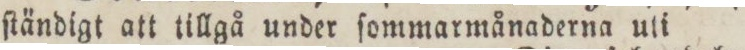
ſtändigt att tillgå under ſommarmånaderna uti